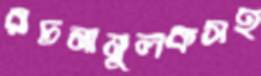
রচনামূলকসহ